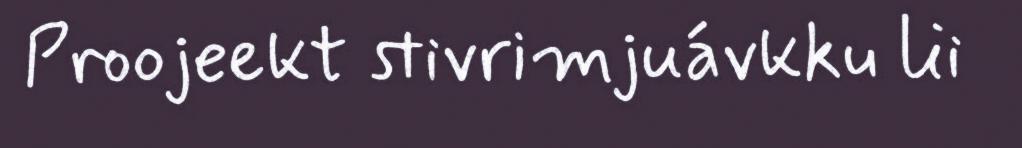
Proojeekt stivrimjuávkku lii